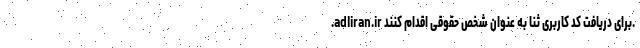
.adliran.ir برای دریافت کد کاربری ثنا به عنوان شخص حقوقی اقدام کنند.